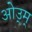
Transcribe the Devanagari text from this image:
ओउ्म्